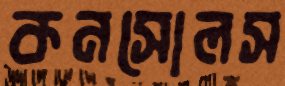
কনসোলস